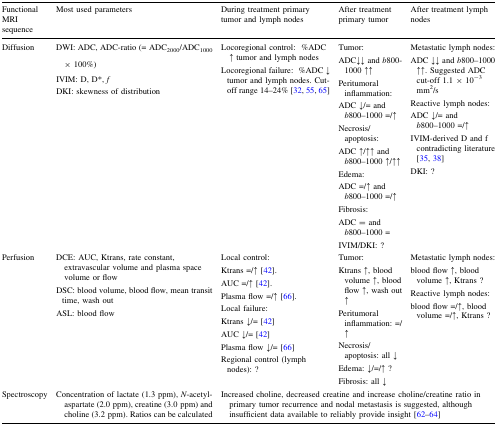
| Functional MRI sequence | Most used parameters | During treatment primary tumor and lymph nodes | After treatment primary tumor | After treatment lymph nodes |
 | --- | --- | --- | --- | --- |
 | Diffusion | DWI: ADC, ADC-ratio (= ADC2000/ADC1000 × 100%)IVIM: D, D*, fDKI: skewness of distribution | Locoregional control:%ADC ↑ tumor and lymph nodesLocoregional failure:%ADC ↓ tumor and lymph nodes. Cut-off range 14–24% [32, 55, 65] | Tumor:ADC↓↓ and b800-1000 ↑↑Peritumoral inflammation:ADC ↓/= and b800–1000 =/↑Necrosis/apoptosis:ADC ↑/↑↑ and b800–1000 ↑/↑↑Edema:ADC =/↑ and b800–1000 =/↑Fibrosis:ADC = and b800–1000 =IVIM/DKI: ? | Metastatic lymph nodes:ADC ↓↓ and b800–1000 ↑↑. Suggested ADC cut-off 1.1 × 10−3 mm2/sReactive lymph nodes:ADC ↓/= and b800–1000 =/↑IVIM-derived D and f contradicting literature [35, 38]DKI: ? |
 | Perfusion | DCE: AUC, Ktrans, rate constant, extravascular volume and plasma space volume or flowDSC: blood volume, blood flow, mean transit time, wash outASL: blood flow | Local control:Ktrans =/↑ [42].AUC =/↑ [42].Plasma flow =/↑ [66].Local failure:Ktrans ↓/= [42]AUC ↓/= [42]Plasma flow ↓/= [66]Regional control (lymph nodes): ? | Tumor:Ktrans ↑, blood volume ↑, blood flow ↑, wash out ↑Peritumoral inflammation: =/↑Necrosis/apoptosis: all ↓Edema: ↓/=/↑ ?Fibrosis: all ↓ | Metastatic lymph nodes:blood flow ↑, blood volume ↑, Ktrans ?Reactive lymph nodes:blood flow =/↑, blood volume =/↑, Ktrans ? |
 | Spectroscopy | Concentration of lactate (1.3 ppm), N-acetyl-aspartate (2.0 ppm), creatine (3.0 ppm) and choline (3.2 ppm). Ratios can be calculated | <COLSPAN=3> Increased choline, decreased creatine and increase choline/creatine ratio in primary tumor recurrence and nodal metastasis is suggested, although insufficient data available to reliably provide insight [62–64] |